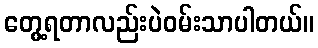
တွေ့ရတာလည်းပဲဝမ်းသာပါတယ်။